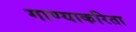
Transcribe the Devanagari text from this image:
गाण्याकरिता